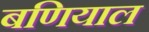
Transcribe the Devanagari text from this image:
बणियाल